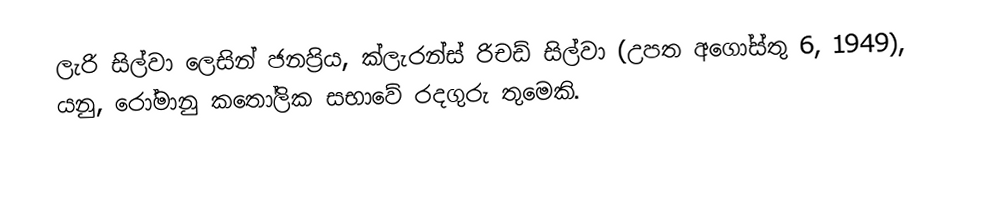
ලැරි සිල්වා ලෙසින් ජනප්‍රිය, ක්ලැරන්ස් රිචඩ් සිල්වා (උපත අගෝස්තු 6, 1949), යනු,  රෝමානු කතෝලික සභාවේ  රදගුරු තුමෙකි.